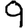
Digit: 9